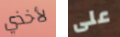
لأخذي على